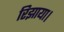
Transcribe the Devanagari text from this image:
रिझाया।